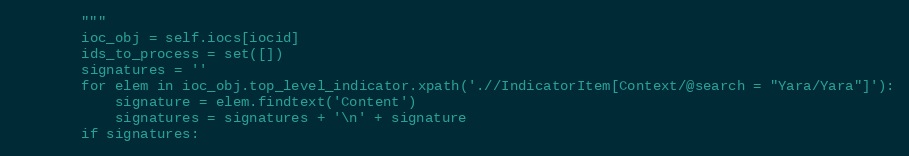
Language: Python
        """
        ioc_obj = self.iocs[iocid]
        ids_to_process = set([])
        signatures = ''
        for elem in ioc_obj.top_level_indicator.xpath('.//IndicatorItem[Context/@search = "Yara/Yara"]'):
            signature = elem.findtext('Content')
            signatures = signatures + '\n' + signature
        if signatures: